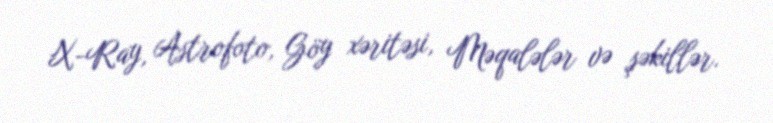
X-Ray, Astrofoto, Göy xəritəsi, Məqalələr və şəkillər.